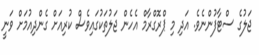
ޖަލުގެ ސްޓާފުންނެވެ. އަދި މި ޕްރޮގްރާމް އެހެން ޖަލުތަކުގައިވެސް ކުރިއަށް ގެންދިއުމަށް ވަނީ